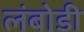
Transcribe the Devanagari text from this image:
लंबोडी